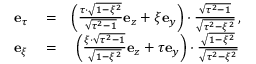
\begin{array} { r l r } { \mathbf { e } _ { \tau } } & { { } = } & { \left( \frac { \tau \cdot \sqrt { 1 - \xi ^ { 2 } } } { \sqrt { \tau ^ { 2 } - 1 } } \mathbf { e } _ { z } + \xi \mathbf { e } _ { y } \right) \cdot \frac { \sqrt { \tau ^ { 2 } - 1 } } { \sqrt { \tau ^ { 2 } - \xi ^ { 2 } } } \, , } \\ { \mathbf { e } _ { \xi } } & { { } = } & { \left( \frac { \xi \cdot \sqrt { \tau ^ { 2 } - 1 } } { \sqrt { 1 - \xi ^ { 2 } } } \mathbf { e } _ { z } + \tau \mathbf { e } _ { y } \right) \cdot \frac { \sqrt { 1 - \xi ^ { 2 } } } { \sqrt { \tau ^ { 2 } - \xi ^ { 2 } } } \, } \end{array}